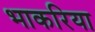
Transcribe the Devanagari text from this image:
भाकरिया